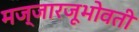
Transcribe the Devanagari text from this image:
मज्जारजूभोवती